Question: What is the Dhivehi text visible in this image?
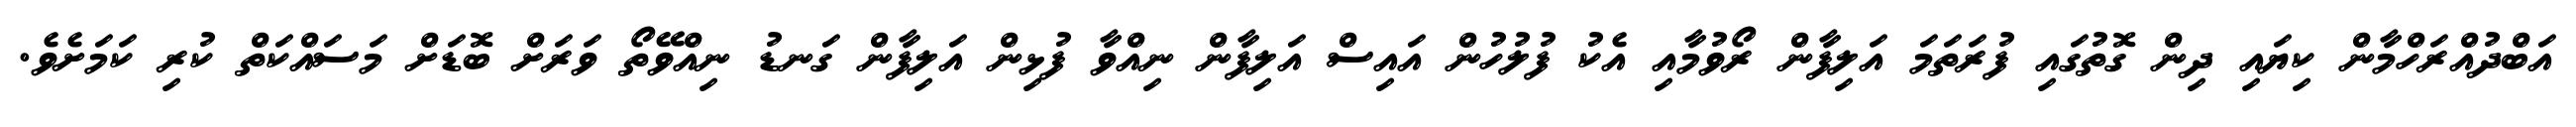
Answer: އަބްދުއްރަހްމާން ކިޔައި ދިން ގޮތުގައި ފުރަތަމަ އަލިފާން ރޯވުމާއި އެކު ފުލުހުން އައިސް އަލިފާން ނިއްވާ ފުޅިން އަލިފާން ގަނޑު ނިއްވޭތޯ ވަރަށް ބޮޑަށް މަސައްކަތް ކުރި ކަމަށެވެ.